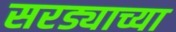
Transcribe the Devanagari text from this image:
सरड्याच्या